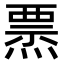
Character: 𤍟